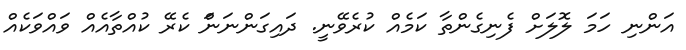
އަންނި ހަމަ ލޮލަށް ފެނިގެންތާ ކަމެއް ކުރެވޭނީ. ދައިގަންނަނަަް ކެރޭ ކުއްތާއެއް ވައްވަކެއް